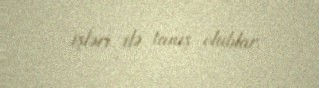
işləri ilə tanış olublar.